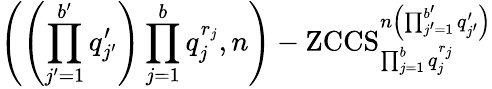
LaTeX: \left(\left(\prod_{j^{\prime}=1}^{b^{\prime}}q_{j^{\prime}}^{\prime}\right)\prod_{j=1}^{b}q_{j}^{r_{j}},n\right)-\mathrm{ZCCS}_{\prod_{j=1}^{b}q_{j}^{r_{j}}}^{n\left(\prod_{j^{\prime}=1}^{b^{\prime}}q_{j^{\prime}}^{\prime}\right)}